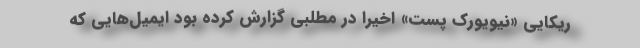
ریکایی «نیویورک پست» اخیراً در مطلبی گزارش کرده بود ایمیل‌هایی که